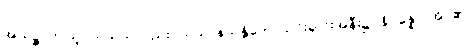
အယဉ္စ၊ ဤသူငယ်သည်လည်း။ သုသာနသန္တိကေ၊ သင်းချိုင်းအနီး၌။ နိပန္နော၊ အိပ်၏။